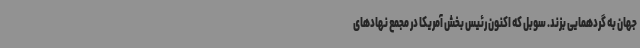
جهان به گردهمایی بزند. سوبل که اکنون رئیس بخش آمریکا در مجمع نهادهای